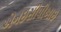
એનઇસીપીઆઇ